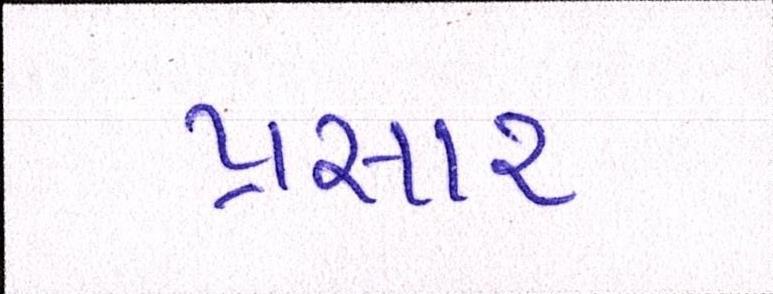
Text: પ્રસાર